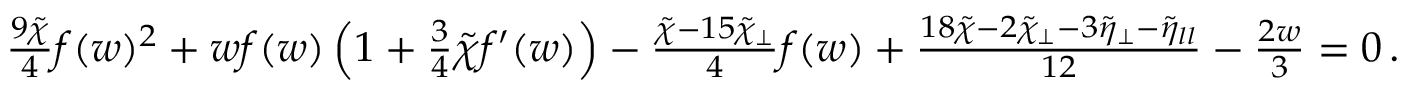
\begin{array} { r } { \frac { 9 \tilde { \chi } } { 4 } f ( w ) ^ { 2 } + w f ( w ) \left( 1 + \frac { 3 } { 4 } \tilde { \chi } f ^ { \prime } ( w ) \right) - \frac { \tilde { \chi } - 1 5 \tilde { \chi } _ { \perp } } { 4 } f ( w ) + \frac { 1 8 \tilde { \chi } - 2 \tilde { \chi } _ { \perp } - 3 \tilde { \eta } _ { \perp } - \tilde { \eta } _ { l l } } { 1 2 } - \frac { 2 w } { 3 } = 0 \, . } \end{array}